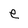
Character: e